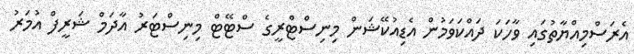
އެރަސްމިއްޔާތުގައި ވާހަކަ ދައްކަވަމުން އެޑިއުކޭޝަން މިނިސްޓްރީގެ ސްޓޭޓް މިނިސްޓަރު އާދަމް ޝަރީފް އުމަރު